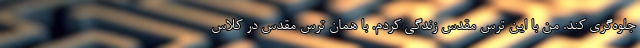
جلوه‌گری کند. من با این ترس مقدس زندگی کردم. با همان ترس مقدس در کلاس